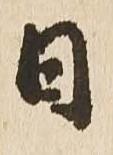
日